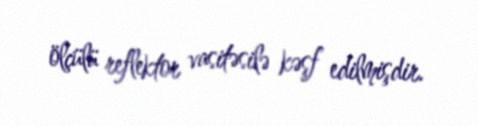
ölçülü reflektor vasitəsilə kəşf edilmişdir.